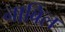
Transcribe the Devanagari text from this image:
नाबिल